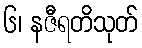
၆၊ နဇီရတိသုတ်